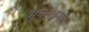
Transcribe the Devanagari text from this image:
मुकर्‍इमत